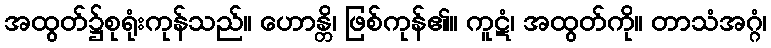
အထွတ်၌စုရုံးကုန်သည်။ ဟောန္တိ၊ ဖြစ်ကုန်၏။ ကူဋံ၊ အထွတ်ကို။ တာသံအဂ္ဂံ၊